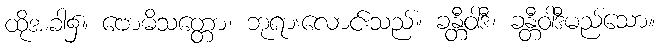
ထိုအခါ၌။ ဗောဓိသတ္တော၊ ဘုရားလောင်းသည်။ ခန္တီဝါဒီ၊ ခန္တီဝါဒီမည်သော။